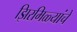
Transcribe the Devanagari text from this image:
झिरमिळ्यांचे